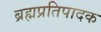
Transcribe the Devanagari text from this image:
ब्रह्मप्रतिपादक